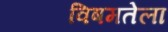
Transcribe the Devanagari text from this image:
विषमतेला